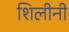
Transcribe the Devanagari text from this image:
शिलीनी